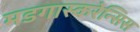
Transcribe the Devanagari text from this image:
मडगास्करेन्सिस